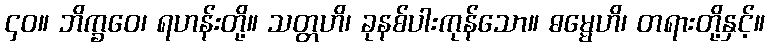
၄၀။ ဘိက္ခဝေ၊ ရဟန်းတို့။ သတ္တဟိ၊ ခုနစ်ပါးကုန်သော။ ဓမ္မေဟိ၊ တရားတို့နှင့်။